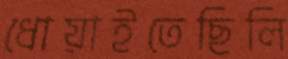
ধোয়াইতেছিলি